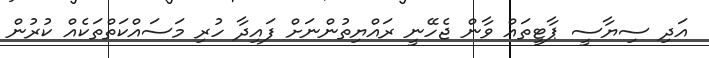
އަދި ސިޔާސީ ޕާޓީތައް ވާން ޖެހޭނީ ރައްޔިތުންނަށް ފައިދާ ހުރި މަސައްކަތްތަކެއް ކުރުން